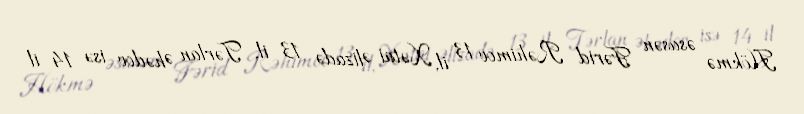
Hökmə əsasən Fərid Rəhimov 13 il, Xətai Əlizadə 13 il, Tərlan Əhədov isə 14 il